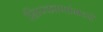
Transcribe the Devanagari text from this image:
शिरकाणांमध्ये